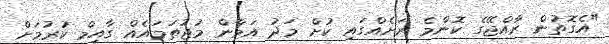
"އެގޮތުން ރާއްޖޭގެ ކޮންމެ ރަށެއްގައި ކުށް މަދު އަމާން މުޖުތަމައެއް ގާއިމް ކުރުމަށް